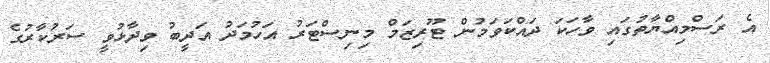
އެ ރަސްމިއްޔާތުގައި ވާހަކަ ދައްކަވަމުން ޓޫރިޒަމް މިނިސްޓަރު އަހުމަދު އަދީބު ވިދާޅުވީ ސަރުކާރުގެ